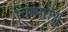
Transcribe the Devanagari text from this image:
विष्णो॥